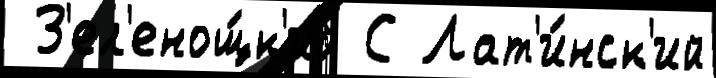
 З'ел'енощ́к'ий С Лат'и́нск'ий